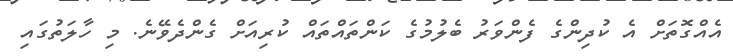
އެއްގޮތަށް އެ ކުދިންގެ ފެންވަރު ބެލުމުގެ ކަންތައްތައް ކުރިއަށް ގެންދެވޭނެ. މި ހާލަތުގައި